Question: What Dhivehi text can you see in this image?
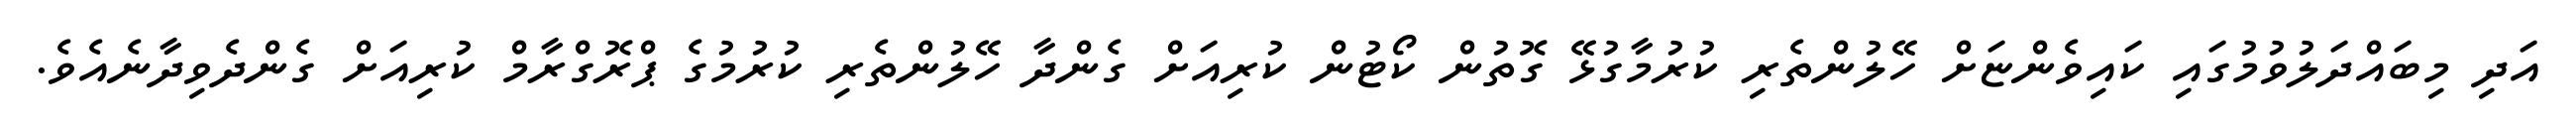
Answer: އަދި މިބައްދަލުވުމުގައި ކައިވެންޏަށް ހޭލުންތެރި ކުރުމާގުޅޭ ގޮތުން ކޯޓުން ކުރިއަށް ގެންދާ ހޭލުންތެރި ކުރުމުގެ ޕްރޮގްރާމް ކުރިއަށް ގެންދެވިދާނެއެވެ.